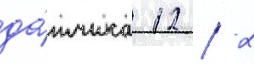
да́тчика 12 / 2